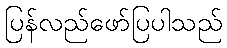
ပြန်လည်ဖော်ပြပါသည်